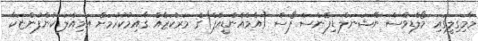
މާމިގިލީގައި މޯލްޑިވްސް ނޭޝަނަލް ޑިފެންސް ފޯސް (އެމްއެންޑީއެފް)ގެ މަރުކަޒެއް ގާއިމުކުރުމަށް އަމިއްލަ ކުންފުންޏަކާ